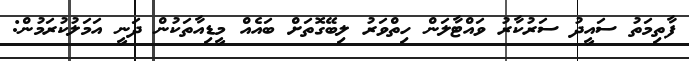
ފާތިމަތު ސައީދު ސަރުކާރު ވައްޓާލަން ހިތްވަރު ލިބޭގޮތަށް ބައެއް މީޑިއާތަކުން ދަނީ އަމަލުކުރަމުން: